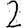
Digit: 2